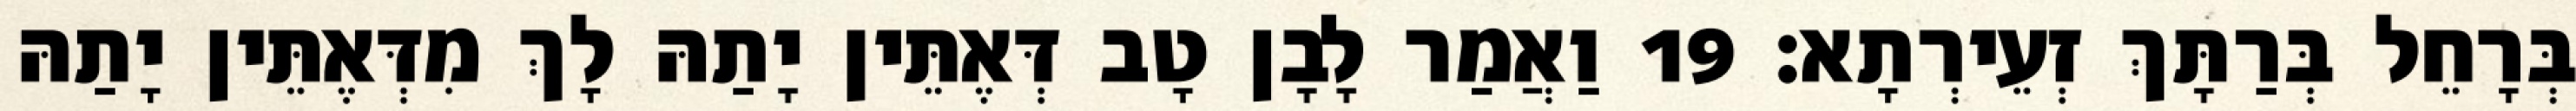
בְּרָחֵל בְּרַתָּךְ זְעֵירְתָא׃ 19 וַאֲמַר לָבָן טָב דְּאֶתֵּין יָתַהּ לָךְ מִדְּאֶתֵּין יָתַהּ